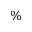
\%